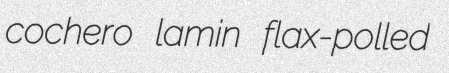
cochero lamin flax-polled